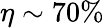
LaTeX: \eta\sim 70\%